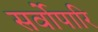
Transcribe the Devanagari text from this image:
सर्वोपारि